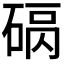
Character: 𥓠